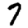
Digit: 7